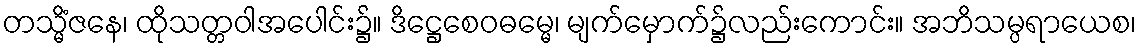
တသ္မိံဇနေ၊ ထိုသတ္တဝါအပေါင်း၌။ ဒိဋ္ဌေစေဝဓမ္မေ၊ မျက်မှောက်၌လည်းကောင်း။ အဘိသမ္ပရာယေစ၊